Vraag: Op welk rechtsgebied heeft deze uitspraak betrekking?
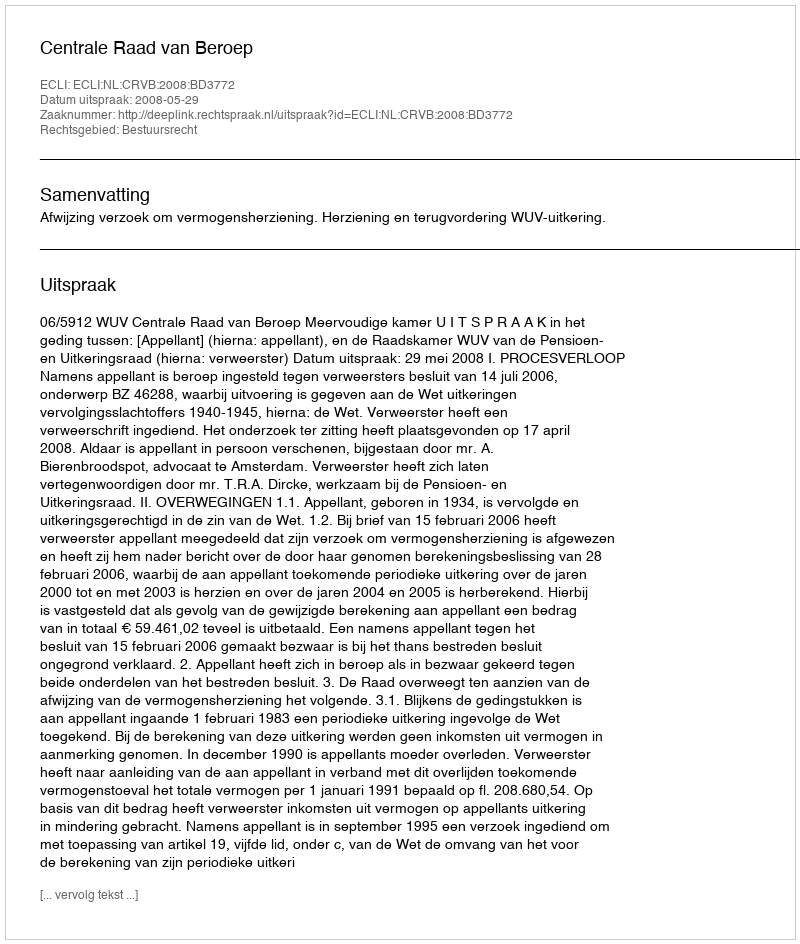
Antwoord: Bestuursrecht